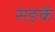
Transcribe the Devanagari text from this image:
सङकें